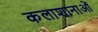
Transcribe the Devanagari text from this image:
कलाशानाओं